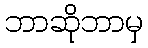
ဘာဆိုဘာမှ